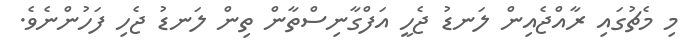
މި މެޗުގައި ރާއްޖެއިން ލަނޑު ޖެހީ އަފްގާނިސްތާން ތިން ލަނޑު ޖެހި ފަހުންނެވެ.